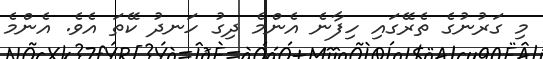
މި ގަރުނުގެ ތެރޭގައި ހިފާނެ އެންމެ ދިގު ހަނދު ކޭތަ އެވެ. އެންމެ